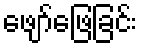
ဖျော်ဖြေခြင်း